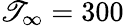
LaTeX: \mathscr{T}_{\infty}=300